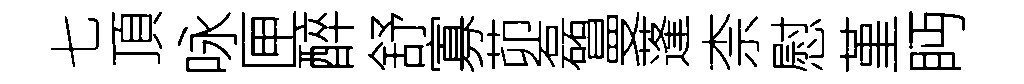
七頂咏匣醉舒寡茆磊曼蓬柰慰堇眄